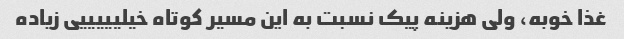
غذا خوبه، ولی هزینه پیک نسبت به این مسیر کوتاه خیلیییییی زیاده